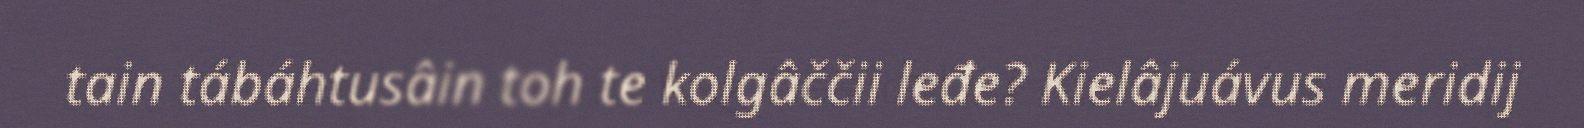
tain tábáhtusâin toh te kolgâččii leđe? Kielâjuávus meridij